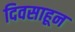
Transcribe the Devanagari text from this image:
दिवसाहून